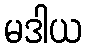
မဒါယ